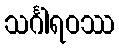
သင်္ဂါရဝဿ